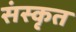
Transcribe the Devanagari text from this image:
संस्कृत